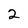
Character: 2